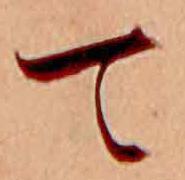
て